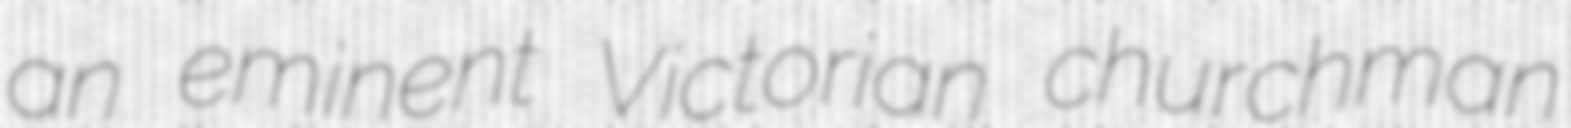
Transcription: an eminent Victorian churchman